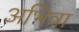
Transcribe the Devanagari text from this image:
अभित्रा